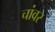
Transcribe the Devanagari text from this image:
चांवर